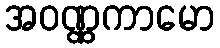
အဝဏ္ဏကာမော